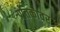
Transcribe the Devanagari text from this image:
प्रतिकावर